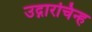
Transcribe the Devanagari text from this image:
उद्गारचिन्ह